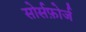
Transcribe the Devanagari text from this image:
सोर्सफ़ोर्ज